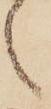
之